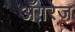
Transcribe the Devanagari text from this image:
अँग़रेज